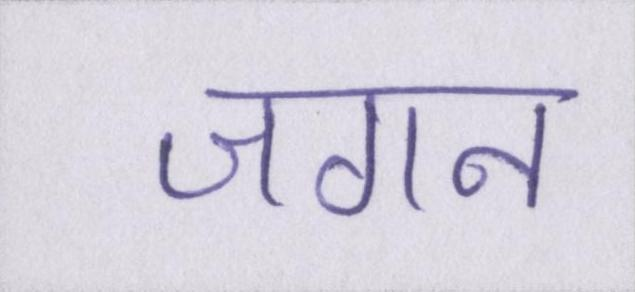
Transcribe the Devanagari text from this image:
जगन